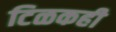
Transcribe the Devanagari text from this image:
टिळकही